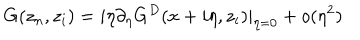
G ( z _ { n } , z _ { i } ) = i \eta \partial _ { \eta } G ^ { D } ( x + i \eta , z _ { i } ) | _ { \eta = 0 } + o ( \eta ^ { 2 } )